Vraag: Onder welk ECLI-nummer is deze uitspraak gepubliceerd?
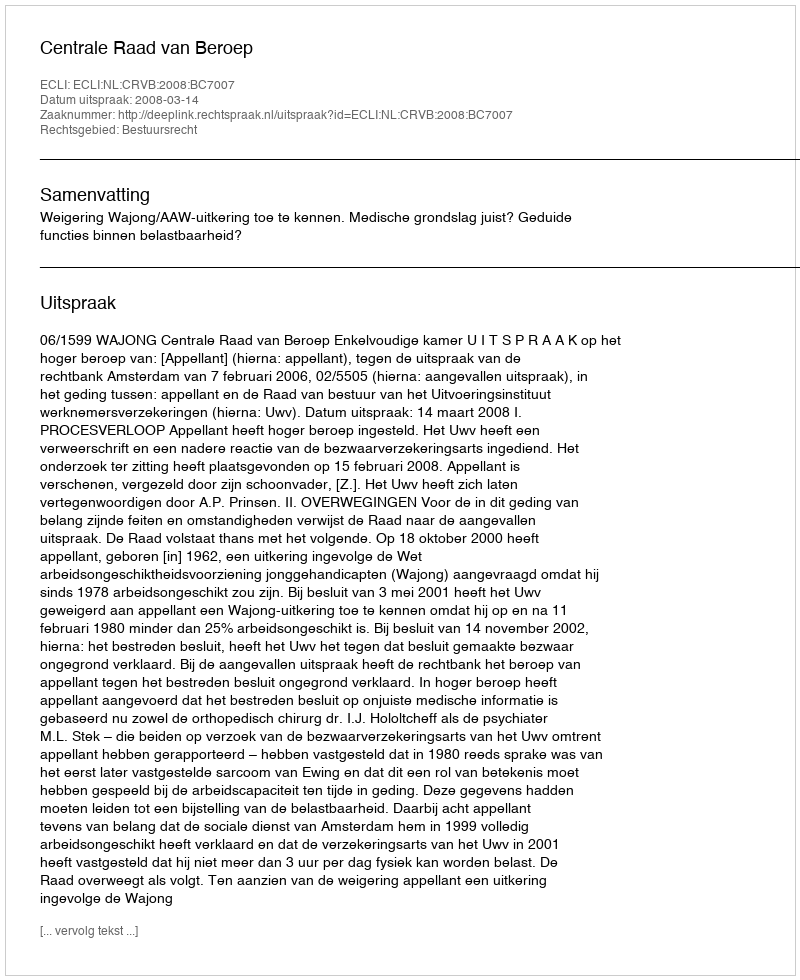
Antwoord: ECLI:NL:CRVB:2008:BC7007